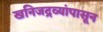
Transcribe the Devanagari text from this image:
खनिजद्रव्यांपासून